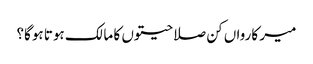
میر کارواں کن صلاحیتوں کا مالک ہوتا ہوگا؟